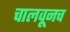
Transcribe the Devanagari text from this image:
चालवूनच